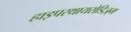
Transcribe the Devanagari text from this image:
हाइपरथायरोडिज़्म